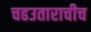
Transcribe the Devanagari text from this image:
चढउताराचीच